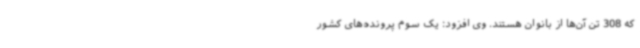
که 308 تن آن‌ها از بانوان هستند. وی افزود: یک سوم پرونده‌های کشور